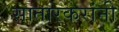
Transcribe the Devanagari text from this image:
सातारकरांनी